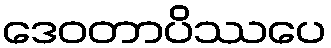
ဒေဝတာပိဿပေ